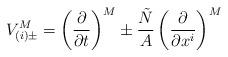
LaTeX: \begin{align*}V_{(i)\pm}^M = \left(\frac{\partial}{\partial t}\right)^M \pm \frac{\tilde{N}}{A}\left(\frac{\partial}{\partial x^i}\right)^M\end{align*}